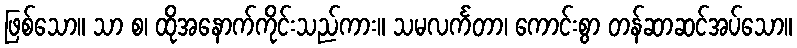
ဖြစ်သော။ သာ စ၊ ထိုအနောက်ကိုင်းသည်ကား။ သမလင်္ကတာ၊ ကောင်းစွာ တန်ဆာဆင်အပ်သော။